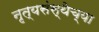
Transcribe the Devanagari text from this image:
नृत्यसंस्थेच्या